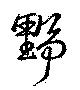
野